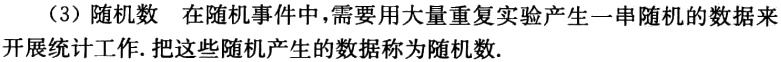
（3）随机数 在随机事件中，需要用大量重复实验产生一串随机的数据来开展统计工作. 把这些随机产生的数据称为随机数.